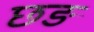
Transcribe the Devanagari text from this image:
छङ